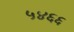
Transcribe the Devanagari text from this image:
५४६६